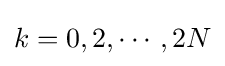
k=0,2,\cdots ,2N